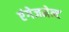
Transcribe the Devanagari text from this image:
एंगेजमेन्ट